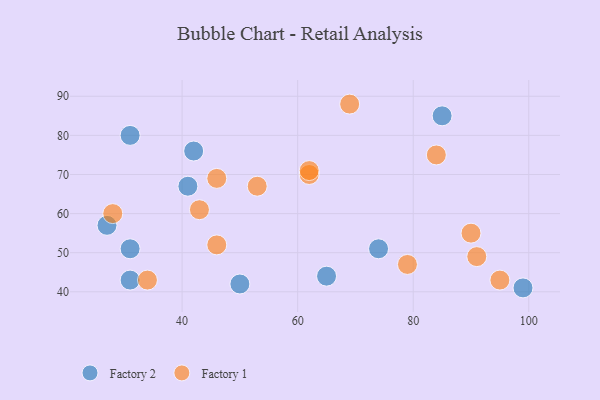
{"axis": {"x": "GDP", "y": "Life Expectancy"}, "legend": ["Factory 1", "Factory 2"], "data": [{"x": "50", "y": 42, "type": "Factory 2"}, {"x": "27", "y": 57, "type": "Factory 2"}, {"x": "85", "y": 85, "type": "Factory 2"}, {"x": "74", "y": 51, "type": "Factory 2"}, {"x": "31", "y": 51, "type": "Factory 2"}, {"x": "42", "y": 76, "type": "Factory 2"}, {"x": "31", "y": 80, "type": "Factory 2"}, {"x": "99", "y": 41, "type": "Factory 2"}, {"x": "31", "y": 43, "type": "Factory 2"}, {"x": "65", "y": 44, "type": "Factory 2"}, {"x": "41", "y": 67, "type": "Factory 2"}, {"x": "28", "y": 60, "type": "Factory 1"}, {"x": "43", "y": 61, "type": "Factory 1"}, {"x": "34", "y": 43, "type": "Factory 1"}, {"x": "90", "y": 55, "type": "Factory 1"}, {"x": "84", "y": 75, "type": "Factory 1"}, {"x": "69", "y": 88, "type": "Factory 1"}, {"x": "62", "y": 70, "type": "Factory 1"}, {"x": "95", "y": 43, "type": "Factory 1"}, {"x": "79", "y": 47, "type": "Factory 1"}, {"x": "91", "y": 49, "type": "Factory 1"}, {"x": "46", "y": 69, "type": "Factory 1"}, {"x": "53", "y": 67, "type": "Factory 1"}, {"x": "62", "y": 71, "type": "Factory 1"}, {"x": "46", "y": 52, "type": "Factory 1"}]}